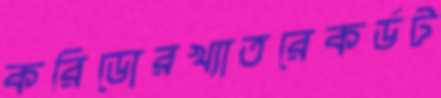
করিডোরখ্যাতরেকর্ডট